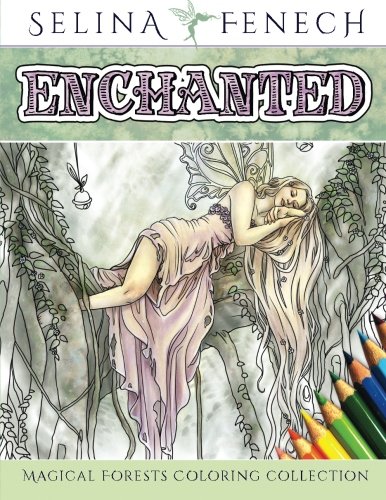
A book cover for Enchanted - Magical Forests Coloring Collection (Fantasy Art Coloring by Selina) (Volume 3); Selina Fenech; Humor & Entertainment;